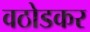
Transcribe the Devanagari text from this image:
वठोडकर